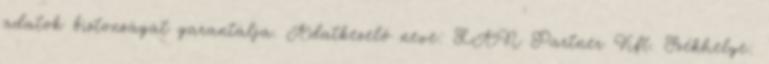
adatok biztonságát garantálja. Adatkezelő neve: LAN Partner Kft. Székhelye: